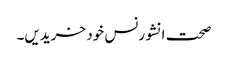
صحت انشورنس خود خریدیں۔